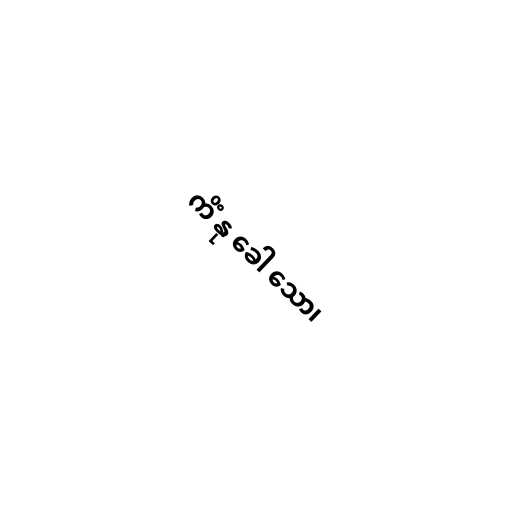
ကိံ နု ခေါ သော၊